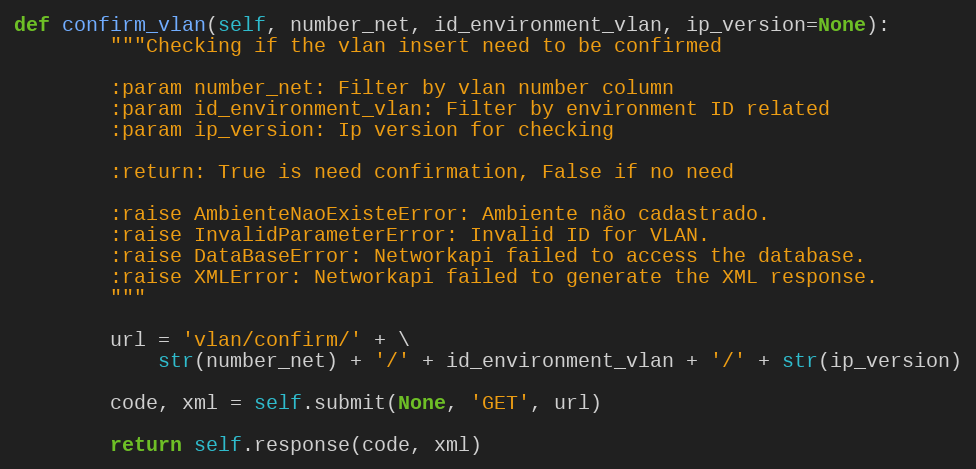
Language: Python
def confirm_vlan(self, number_net, id_environment_vlan, ip_version=None):
        """Checking if the vlan insert need to be confirmed

        :param number_net: Filter by vlan number column
        :param id_environment_vlan: Filter by environment ID related
        :param ip_version: Ip version for checking

        :return: True is need confirmation, False if no need

        :raise AmbienteNaoExisteError: Ambiente não cadastrado.
        :raise InvalidParameterError: Invalid ID for VLAN.
        :raise DataBaseError: Networkapi failed to access the database.
        :raise XMLError: Networkapi failed to generate the XML response.
        """

        url = 'vlan/confirm/' + \
            str(number_net) + '/' + id_environment_vlan + '/' + str(ip_version)

        code, xml = self.submit(None, 'GET', url)

        return self.response(code, xml)